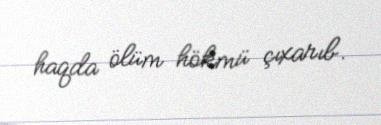
haqda ölüm hökmü çıxarıb.